Civil Veterinary Department. Central Provinces & Berar 1925-31 - 1925-1931
Year: 1925
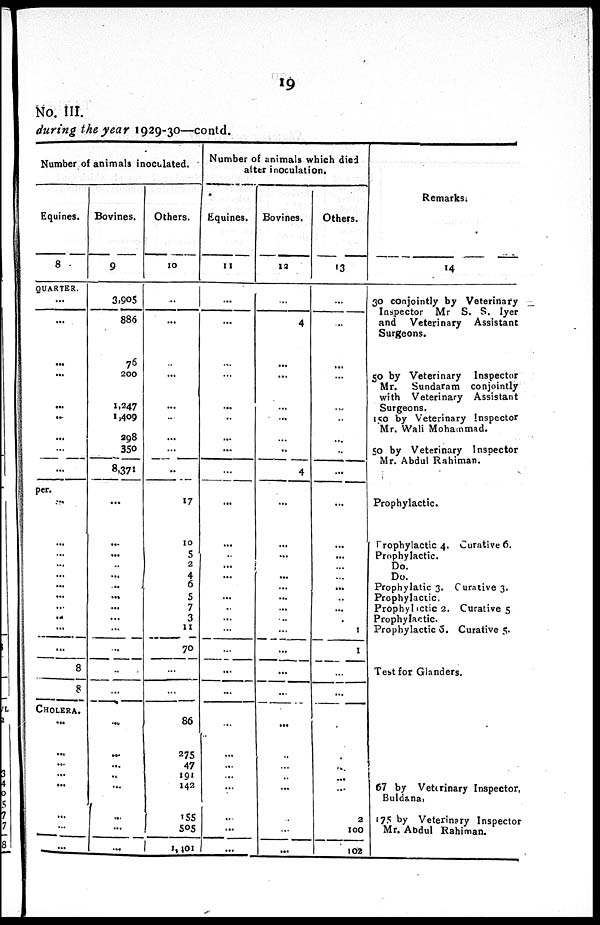
19
No. III.
during the year 1929-30—contd.
Number of animals inoculated.
Equines.
8
QUARTER.
...
...
...
...
...
..
...
...
per.
...
...
...
...
...
...
...
...
...
...
...
8
8
CHOLERA.
...
...
...
...
...
...
...
...
Bovines.
9
3,905
886
76
200
1,247
1,409
998
350
8,371
...
...
...
...
...
...
...
...
...
...
...
...
...
...
...
...
..
...
...
...
...
Others.
10
..
...
...
...
...
...
...
...
..
17
10
5
2
4
6
5
7
3
11
70
...
...
86
275
47
191
142
155
505
1,401
Number of animals which died
alter inoculation.
Equines.
11
...
...
...
...
...
..
...
...
...
...
...
...
...
...
...
...
...
...
...
...
...
...
...
...
...
...
...
...
...
...
Bovines.
12
...
4
...
...
...
...
...
..
4
...
...
...
...
...
...
...
...
...
...
...
...
...
...
...
...
...
...
...
...
...
Others.
13
...
..
...
...
...
...
...
...
...
...
...
...
...
...
...
..
...
1
1
...
...
...
...
...
...
2
100
102
Remarks.
14
30 conjointly by Veterinary
Inspector Mr S. S. Iyer
and Veterinary Assistant
Surgeons.
50 by Veterinary Inspector
Mr. Sundaram conjointly
with Veterinary Assistant
Surgeons.
150 by Veterinary Inspector
Mr. Wali Mohammad.
50 by Veterinary Inspector
Mr. Abdul Rahiman.
Prophylactic.
Prophylactic 4. Curative 6.
Prophylactic.
Do.
Do.
Prophylatic 3. Curative 3.
Prophylactic.
Prophyhctic 2. Curative 5
Prophylactic.
Prophylactic 6. Curative 5.
Test for Glanders.
67 by Veterinary Inspector,
Buldana.
175 by Veterinary Inspector
Mr. Abdul Rahiman.